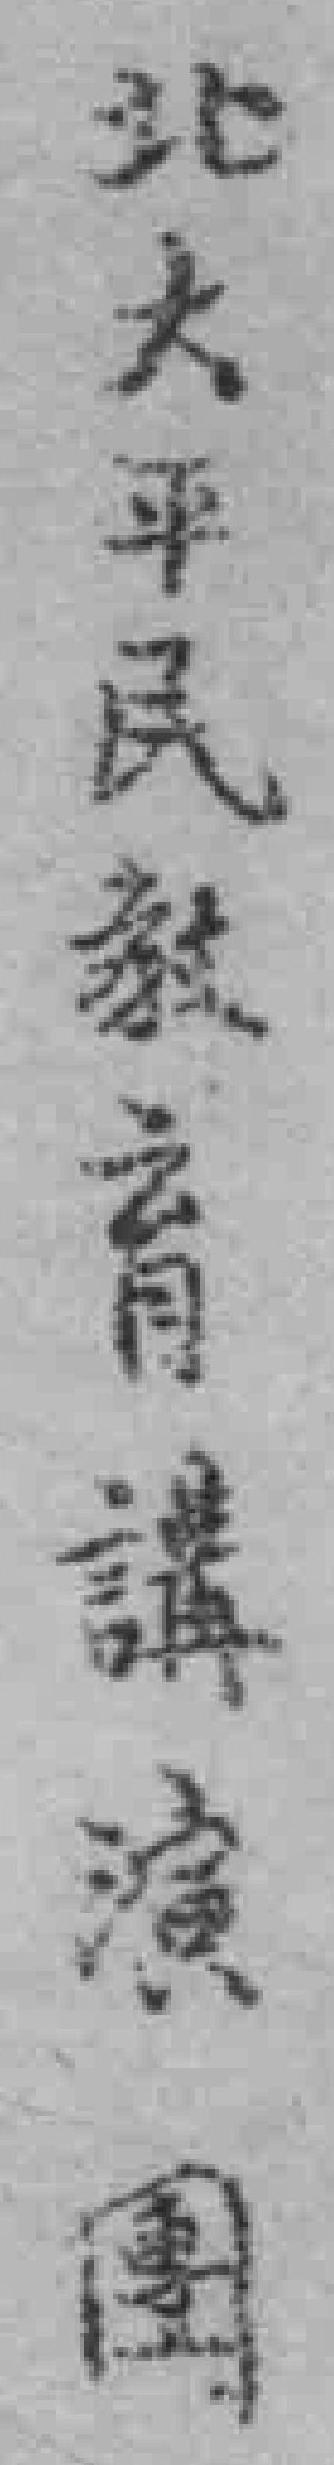
北大平民毅育講演團